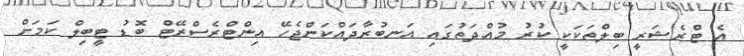
އެ ޓްރެޝަރީ ބިލްތަކަކީ ކުރު މުއްދަތުގައި އަނބުރާދައްކަންޖެހޭ އިންޓްރެސްރޭޓް ބޮޑު ޓީބިލް ކަމަށް